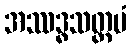
အဿဒ္ဓသတ္တမံ